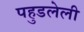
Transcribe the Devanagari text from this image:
पहुडलेली